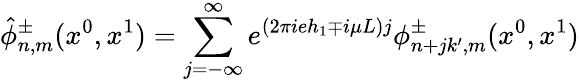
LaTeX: \hat{\phi}_{n,m}^{\pm}(x^{0},x^{1})=\sum_{j=-\infty}^{\infty}e^{(2\pi ieh_{1}\mp i\mu L)j}\phi_{n+jk^{\prime},m}^{\pm}(x^{0},x^{1})